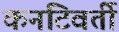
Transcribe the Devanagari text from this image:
कनटिवर्ती